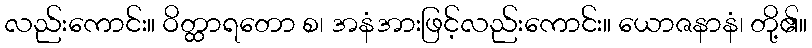
လည်းကောင်း။ ဝိတ္ထာရတော စ၊ အနံအားဖြင့်လည်းကောင်း။ ယောဇနာနံ၊ တို့၏။